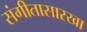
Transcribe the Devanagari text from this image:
संगीतासारखा